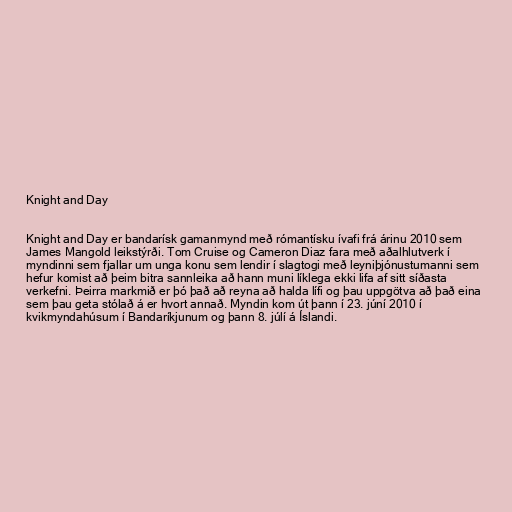
Knight and Day

Knight and Day er bandarísk gamanmynd með rómantísku ívafi frá árinu 2010 sem
James Mangold leikstýrði. Tom Cruise og Cameron Diaz fara með aðalhlutverk í
myndinni sem fjallar um unga konu sem lendir í slagtogi með leyniþjónustumanni sem
hefur komist að þeim bitra sannleika að hann muni líklega ekki lifa af sitt síðasta
verkefni. Þeirra markmið er þó það að reyna að halda lífi og þau uppgötva að það eina
sem þau geta stólað á er hvort annað. Myndin kom út þann í 23. júní 2010 í
kvikmyndahúsum í Bandaríkjunum og þann 8. júlí á Íslandi.